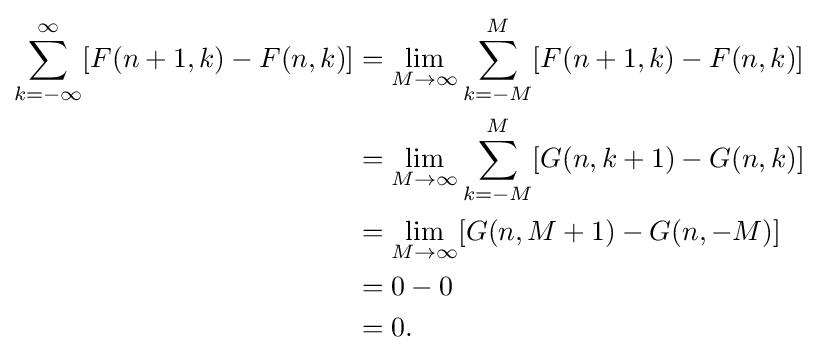
{\begin{aligned}\sum _{k=-\infty }^{\infty }[F(n+1,k)-F(n,k)]&{}=\lim _{M\to \infty }\sum _{k=-M}^{M}[F(n+1,k)-F(n,k)]\\&{}=\lim _{M\to \infty }\sum _{k=-M}^{M}[G(n,k+1)-G(n,k)]\\&{}=\lim _{M\to \infty }[G(n,M+1)-G(n,-M)]\\&{}=0-0\\&{}=0.\end{aligned}}